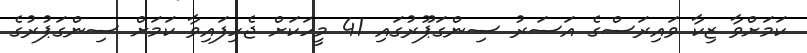
ކަމަށްވާ ޒިކާ ވައިރަސްގެ އަސަރު ސިންގަޕޫރުގައި 41 މީހަކަށް ޖެހިފައިވާ ކަމަށް ސިންގަޕުރުގެ